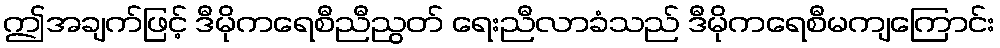
ဤအချက်ဖြင့် ဒီမိုကရေစီညီညွတ် ရေးညီလာခံသည် ဒီမိုကရေစီမကျကြောင်း